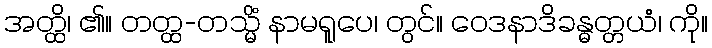
အတ္ထိ၊ ၏။ တတ္ထ-တသ္မိံ နာမရူပေ၊ တွင်။ ဝေဒနာဒိခန္ဓတ္တယံ၊ ကို။